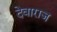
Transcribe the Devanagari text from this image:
देवाराज